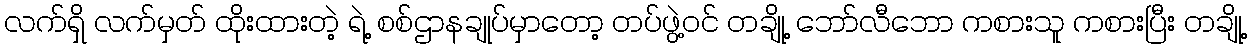
လက်ရှိ လက်မှတ် ထိုးထားတဲ့ ရဲ့ စစ်ဌာနချုပ်မှာတော့ တပ်ဖွဲ့ဝင် တချို့ ဘော်လီဘော ကစားသူ ကစားပြီး တချို့